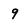
Character: 9